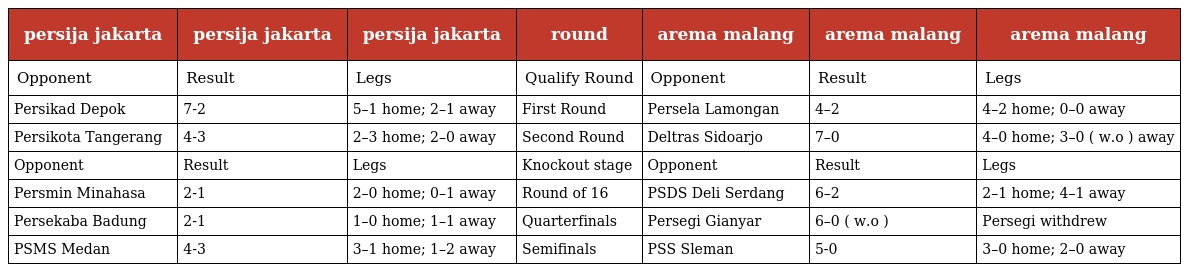
| persija jakarta | persija jakarta | persija jakarta | round | arema malang | arema malang | arema malang |
 | --- | --- | --- | --- | --- | --- | --- |
 | Opponent | Result | Legs | Qualify Round | Opponent | Result | Legs |
 | Persikad Depok | 7-2 | 5–1 home; 2–1 away | First Round | Persela Lamongan | 4–2 | 4–2 home; 0–0 away |
 | Persikota Tangerang | 4-3 | 2–3 home; 2–0 away | Second Round | Deltras Sidoarjo | 7–0 | 4–0 home; 3–0 ( w.o ) away |
 | Opponent | Result | Legs | Knockout stage | Opponent | Result | Legs |
 | Persmin Minahasa | 2-1 | 2–0 home; 0–1 away | Round of 16 | PSDS Deli Serdang | 6–2 | 2–1 home; 4–1 away |
 | Persekaba Badung | 2-1 | 1–0 home; 1–1 away | Quarterfinals | Persegi Gianyar | 6–0 ( w.o ) | Persegi withdrew |
 | PSMS Medan | 4-3 | 3–1 home; 1–2 away | Semifinals | PSS Sleman | 5-0 | 3–0 home; 2–0 away |